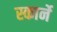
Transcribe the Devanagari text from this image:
स्कार्ने